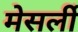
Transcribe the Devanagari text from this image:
मेसर्ली